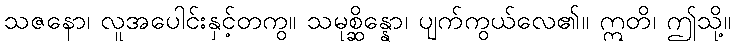
သဇနော၊ လူအပေါင်းနှင့်တကွ။ သမုစ္ဆိန္နော၊ ပျက်ကွယ်လေ၏။ ဣတိ၊ ဤသို့။